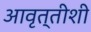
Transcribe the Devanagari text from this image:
आवृत्तीशी